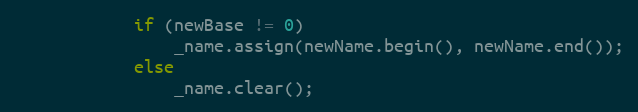
Language: C
            if (newBase != 0)
                _name.assign(newName.begin(), newName.end());
            else
                _name.clear();